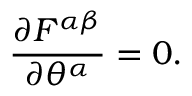
{ \frac { \partial F ^ { \alpha \beta } } { \partial \theta ^ { \alpha } } } = 0 .